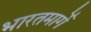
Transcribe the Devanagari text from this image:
भारतमार्गे